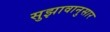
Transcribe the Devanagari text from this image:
सुझावानुसार